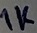
Text: 1K